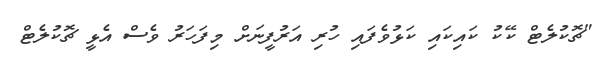
"ޗޮކުލެޓް ކޭކު ކައިކައި ކަޅުވެފައި ހުރި އަރުފީނަށް މިފަހަރު ވެސް އެޅީ ޗޮކުލެޓް